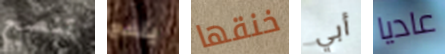
تنصح ينفع خنقها أبي عاديا